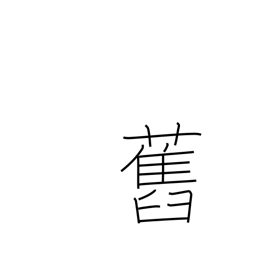
Meaning: ex-